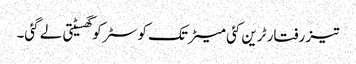
تیز رفتار ٹرین کئی میٹر تک کوسٹر کو گھسیٹتی لے گئی۔